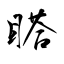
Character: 𥉌